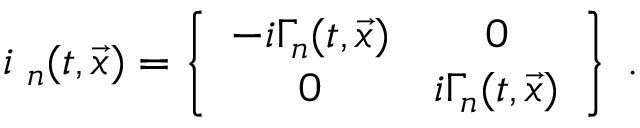
i { \bf \Gamma } _ { n } ( t , \vec { x } ) = \left\{ \begin{array} { c c } { { - i \Gamma _ { n } ( t , \vec { x } ) } } & { { 0 } } \\ { { 0 } } & { { i \Gamma _ { n } ( t , \vec { x } ) } } \end{array} \right\} \; .